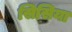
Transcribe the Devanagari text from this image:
सिसिया